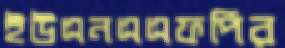
ইউএনএএফপির